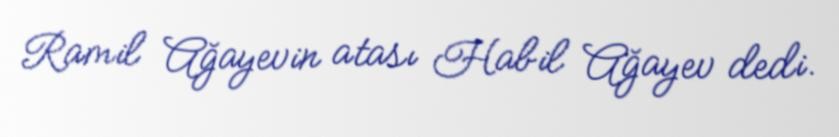
Ramil Ağayevin atası Habil Ağayev dedi.